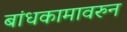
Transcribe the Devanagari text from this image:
बांधकामावरुन